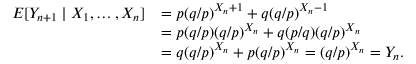
{ \begin{array} { r l } { E [ Y _ { n + 1 } \mid X _ { 1 } , \dots , X _ { n } ] } & { = p ( q / p ) ^ { X _ { n } + 1 } + q ( q / p ) ^ { X _ { n } - 1 } } \\ & { = p ( q / p ) ( q / p ) ^ { X _ { n } } + q ( p / q ) ( q / p ) ^ { X _ { n } } } \\ & { = q ( q / p ) ^ { X _ { n } } + p ( q / p ) ^ { X _ { n } } = ( q / p ) ^ { X _ { n } } = Y _ { n } . } \end{array} }